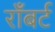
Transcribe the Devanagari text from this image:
राँबर्ट